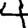
Digit: 4